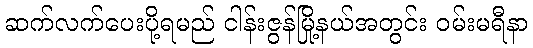
ဆက်လက်ပေးပို့ရမည် ငါန်းဇွန်မြို့နယ်အတွင်း ဝမ်းမရီနာ